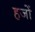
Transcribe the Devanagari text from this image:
हजों